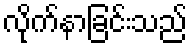
လိုက်နာခြင်းသည်